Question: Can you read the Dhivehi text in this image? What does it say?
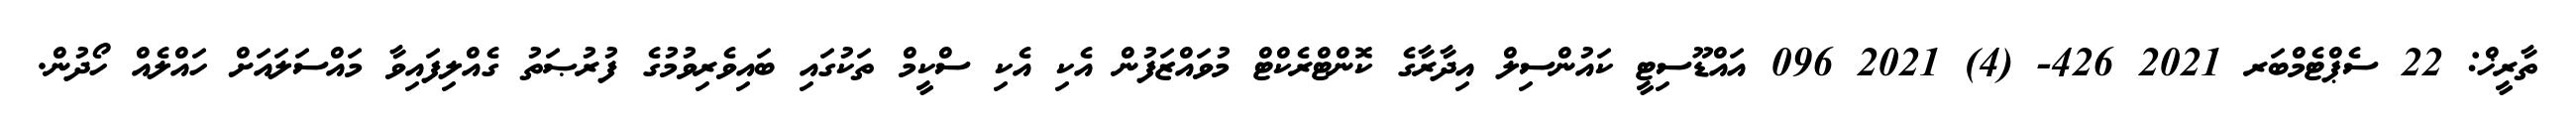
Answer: ތާރީޚް: 22 ސެޕްޓެމްބަރ 2021 426- (4) 2021 096 އައްޑޫސިޓީ ކައުންސިލް އިދާރާގެ ކޮންޓްރެކްޓް މުވައްޒަފުން އެކި އެކި ސްކީމް ތަކުގައި ބައިވެރިވުމުގެ ފުރުޞަތު ގެއްލިފައިވާ މައްސަލައަށް ހައްލެއް ހޯދުން.